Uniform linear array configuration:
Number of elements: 4
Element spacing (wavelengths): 0.75
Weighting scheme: exponential
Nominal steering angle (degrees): -30
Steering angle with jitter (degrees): -30.506
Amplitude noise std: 0.05
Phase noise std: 0.05

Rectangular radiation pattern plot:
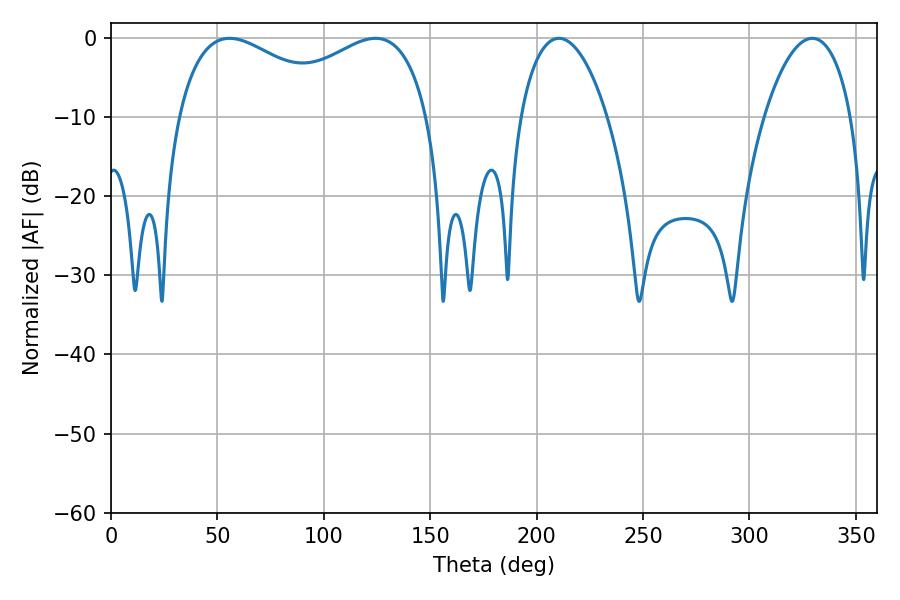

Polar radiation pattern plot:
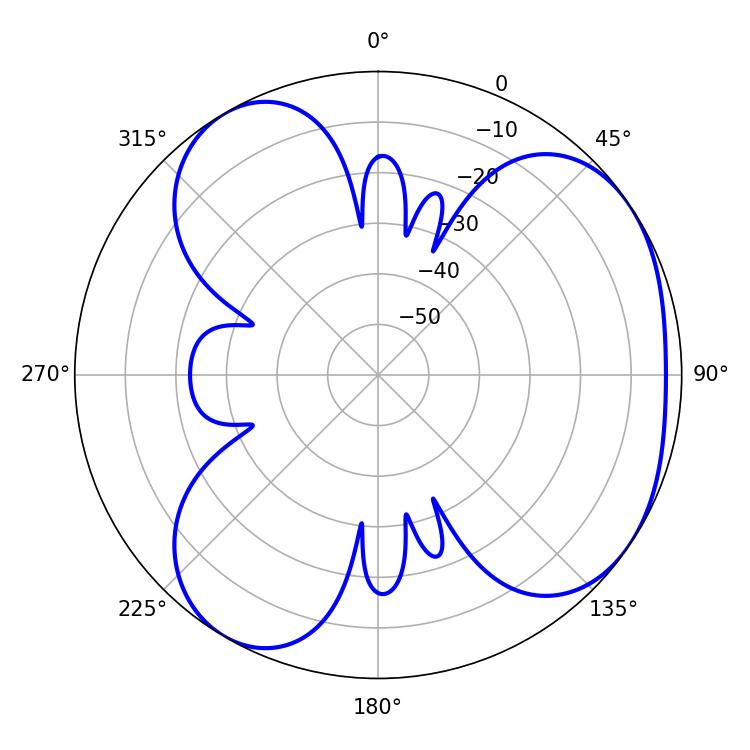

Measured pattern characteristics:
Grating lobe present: TRUE
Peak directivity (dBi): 4.398
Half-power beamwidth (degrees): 22.86
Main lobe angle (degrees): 210.42